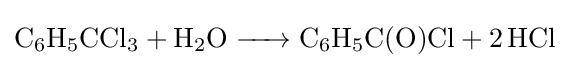
{\ce {C6H5CCl3 + H2O -> C6H5C(O)Cl + 2 HCl}}